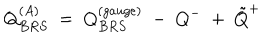
Q _ { B R S } ^ { ( A ) } ~ = ~ Q _ { B R S } ^ { ( g a u g e ) } ~ - ~ Q ^ { - } ~ + ~ { \tilde { Q } } ^ { + }